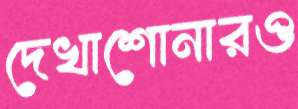
দেখাশোনারও